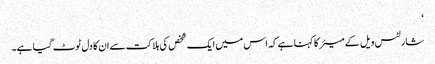
‘
شارلٹس ویل کے میئر کا کہنا ہے کہ اس میں ایک شخص کی ہلاکت سے ان کا دل ٹوٹ گیا ہے۔